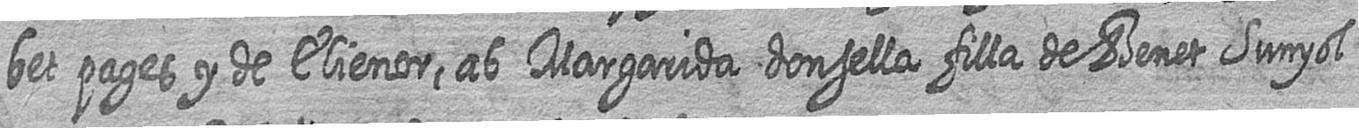
bet pages y de Elienor ab Margarida donsella filla de Benet Sunyol